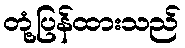
တုံ့ပြန်ထားသည်